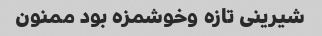
شیرینی تازه وخوشمزه بود ممنون